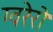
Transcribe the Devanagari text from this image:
ग्वरेरो